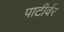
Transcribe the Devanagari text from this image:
पाटीर्वर